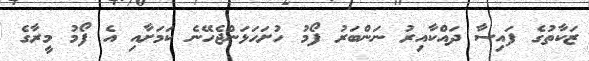
ޒަކާތުގެ ފައިސާ ދައްކާއިރު ނަންބަރު ފޯމު ހުށަހަޅަންޖެހޭނެ ކަމަށާއި އެ ފޯމު މީރާގެ